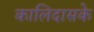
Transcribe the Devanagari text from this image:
कालिदासके